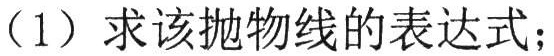
（1）求该抛物线的表达式；